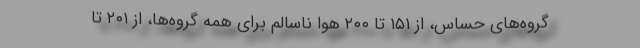
گروه‌های حساس، از ۱۵۱ تا ۲۰۰ هوا ناسالم برای همه گروه‌ها، از ۲۰۱ تا